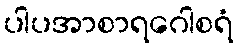
ပါပအာစာရဂေါစရံ